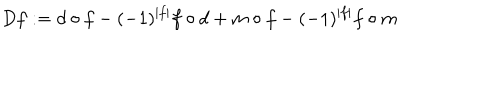
D f : = d \circ f - ( - 1 ) ^ { | f | } f \circ d + m \circ f - ( - 1 ) ^ { | f | } f \circ m